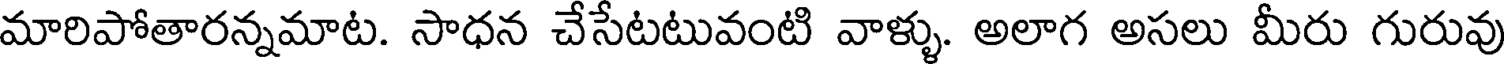
మారిపోతారన్నమాట. సాధన చేసేటటువంటి వాళ్ళు. అలాగ అసలు మీరు గురువు